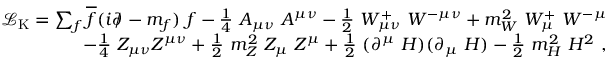
{ \begin{array} { r } { { \mathcal { L } } _ { \mathrm { K } } = \sum _ { f } { \overline { { f } } } ( i \partial \! \! \! / \! \; - m _ { f } ) \ f - { \frac { 1 } { 4 } } \ A _ { \mu \nu } \ A ^ { \mu \nu } - { \frac { 1 } { 2 } } \ W _ { \mu \nu } ^ { + } \ W ^ { - \mu \nu } + m _ { W } ^ { 2 } \ W _ { \mu } ^ { + } \ W ^ { - \mu } } \\ { \qquad - { \frac { 1 } { 4 } } \ Z _ { \mu \nu } Z ^ { \mu \nu } + { \frac { 1 } { 2 } } \ m _ { Z } ^ { 2 } \ Z _ { \mu } \ Z ^ { \mu } + { \frac { 1 } { 2 } } \ ( \partial ^ { \mu } \ H ) ( \partial _ { \mu } \ H ) - { \frac { 1 } { 2 } } \ m _ { H } ^ { 2 } \ H ^ { 2 } ~ , } \end{array} }